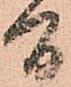
間